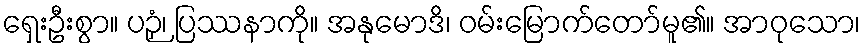
ရှေးဦးစွာ။ ပဉှံ၊ ပြဿနာကို။ အနုမောဒိ၊ ဝမ်းမြောက်တော်မူ၏။ အာဝုသော၊